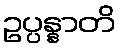
ဥပ္ပန္နာတိ